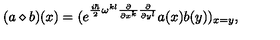
( a \diamond b ) ( x ) = ( e ^ { \frac { i \hbar } { 2 } \omega ^ { k l } \frac { \partial } { \partial x ^ { k } } \frac { \partial } { \partial y ^ { l } } } a ( x ) b ( y ) ) _ { x = y } ,